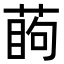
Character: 𦶔